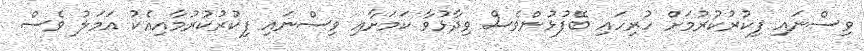
ވިސްނައި ފިކުރުކުރުމަށް ހުރިހައި ބޭފުޅުންވެސް ވިދާޅުވާ ކަމަށާއި ވިސްނައި ފިކުރުކުރުމާއިއެކު އަމަލު ވެސް